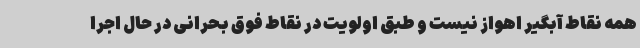
همه نقاط آبگیر اهواز نیست و طبق اولویت در نقاط فوق بحرانی در حال اجرا